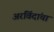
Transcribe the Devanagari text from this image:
अरविंदांचा